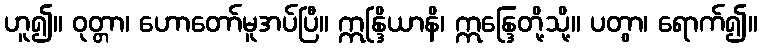
ဟူ၍။ ဝုတ္တာ၊ ဟောတော်မူအပ်ပြီ။ ဣန္ဒြိယာနိ၊ ဣန္ဒြေတို့သို့။ ပတွာ၊ ရောက်၍။